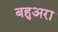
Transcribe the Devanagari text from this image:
बहुअरा